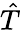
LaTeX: \hat{T}